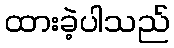
ထားခဲ့ပါသည်